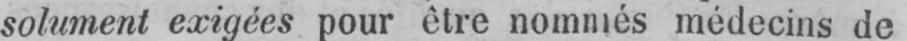
solument exigées pour être nommés médecins de